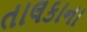
તાલકાના